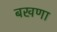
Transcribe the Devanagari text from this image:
बखणा